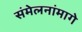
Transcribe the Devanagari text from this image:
संमेलनांमागे